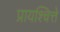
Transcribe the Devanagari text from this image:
प्रायश्चित्ते